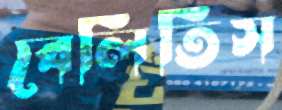
বেলিতিস